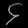
Digit: ၄